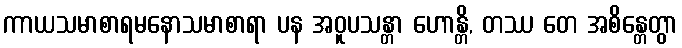
ကာယသမာစာရမနောသမာစာရာ ပန အဝူပသန္တာ ဟောန္တိ, တဿ တေ အစိန္တေတွာ